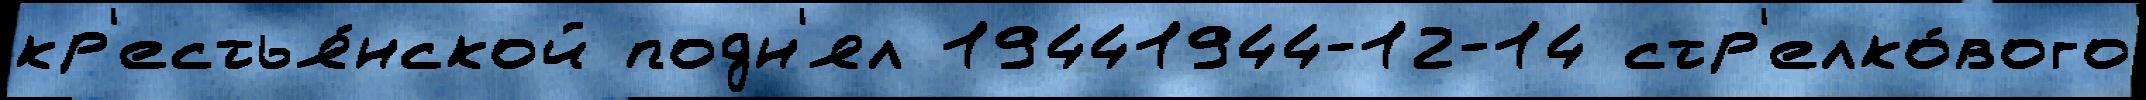
кр'естья́нской подн'ял 19441944-12-14 стр'елко́вого